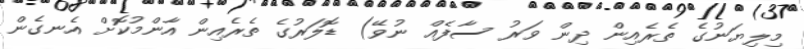
މިލިޔަނުގެ ތެރެއިން ދިން ވަރު ސާފެއް ނުވޭ) ޑޮލަރުގެ ތެރެއިން އާންމުކޮށް އެނގެން